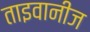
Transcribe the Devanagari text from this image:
ताइवानीज